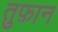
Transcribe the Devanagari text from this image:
तुफ़ान